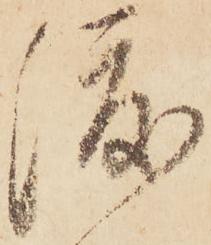
渡